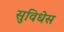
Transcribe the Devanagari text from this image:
सुविधेस